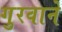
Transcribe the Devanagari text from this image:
गुरवाने